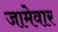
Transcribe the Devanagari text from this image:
जामेवार